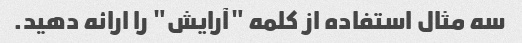
سه مثال استفاده از کلمه "آرایش" را ارائه دهید.